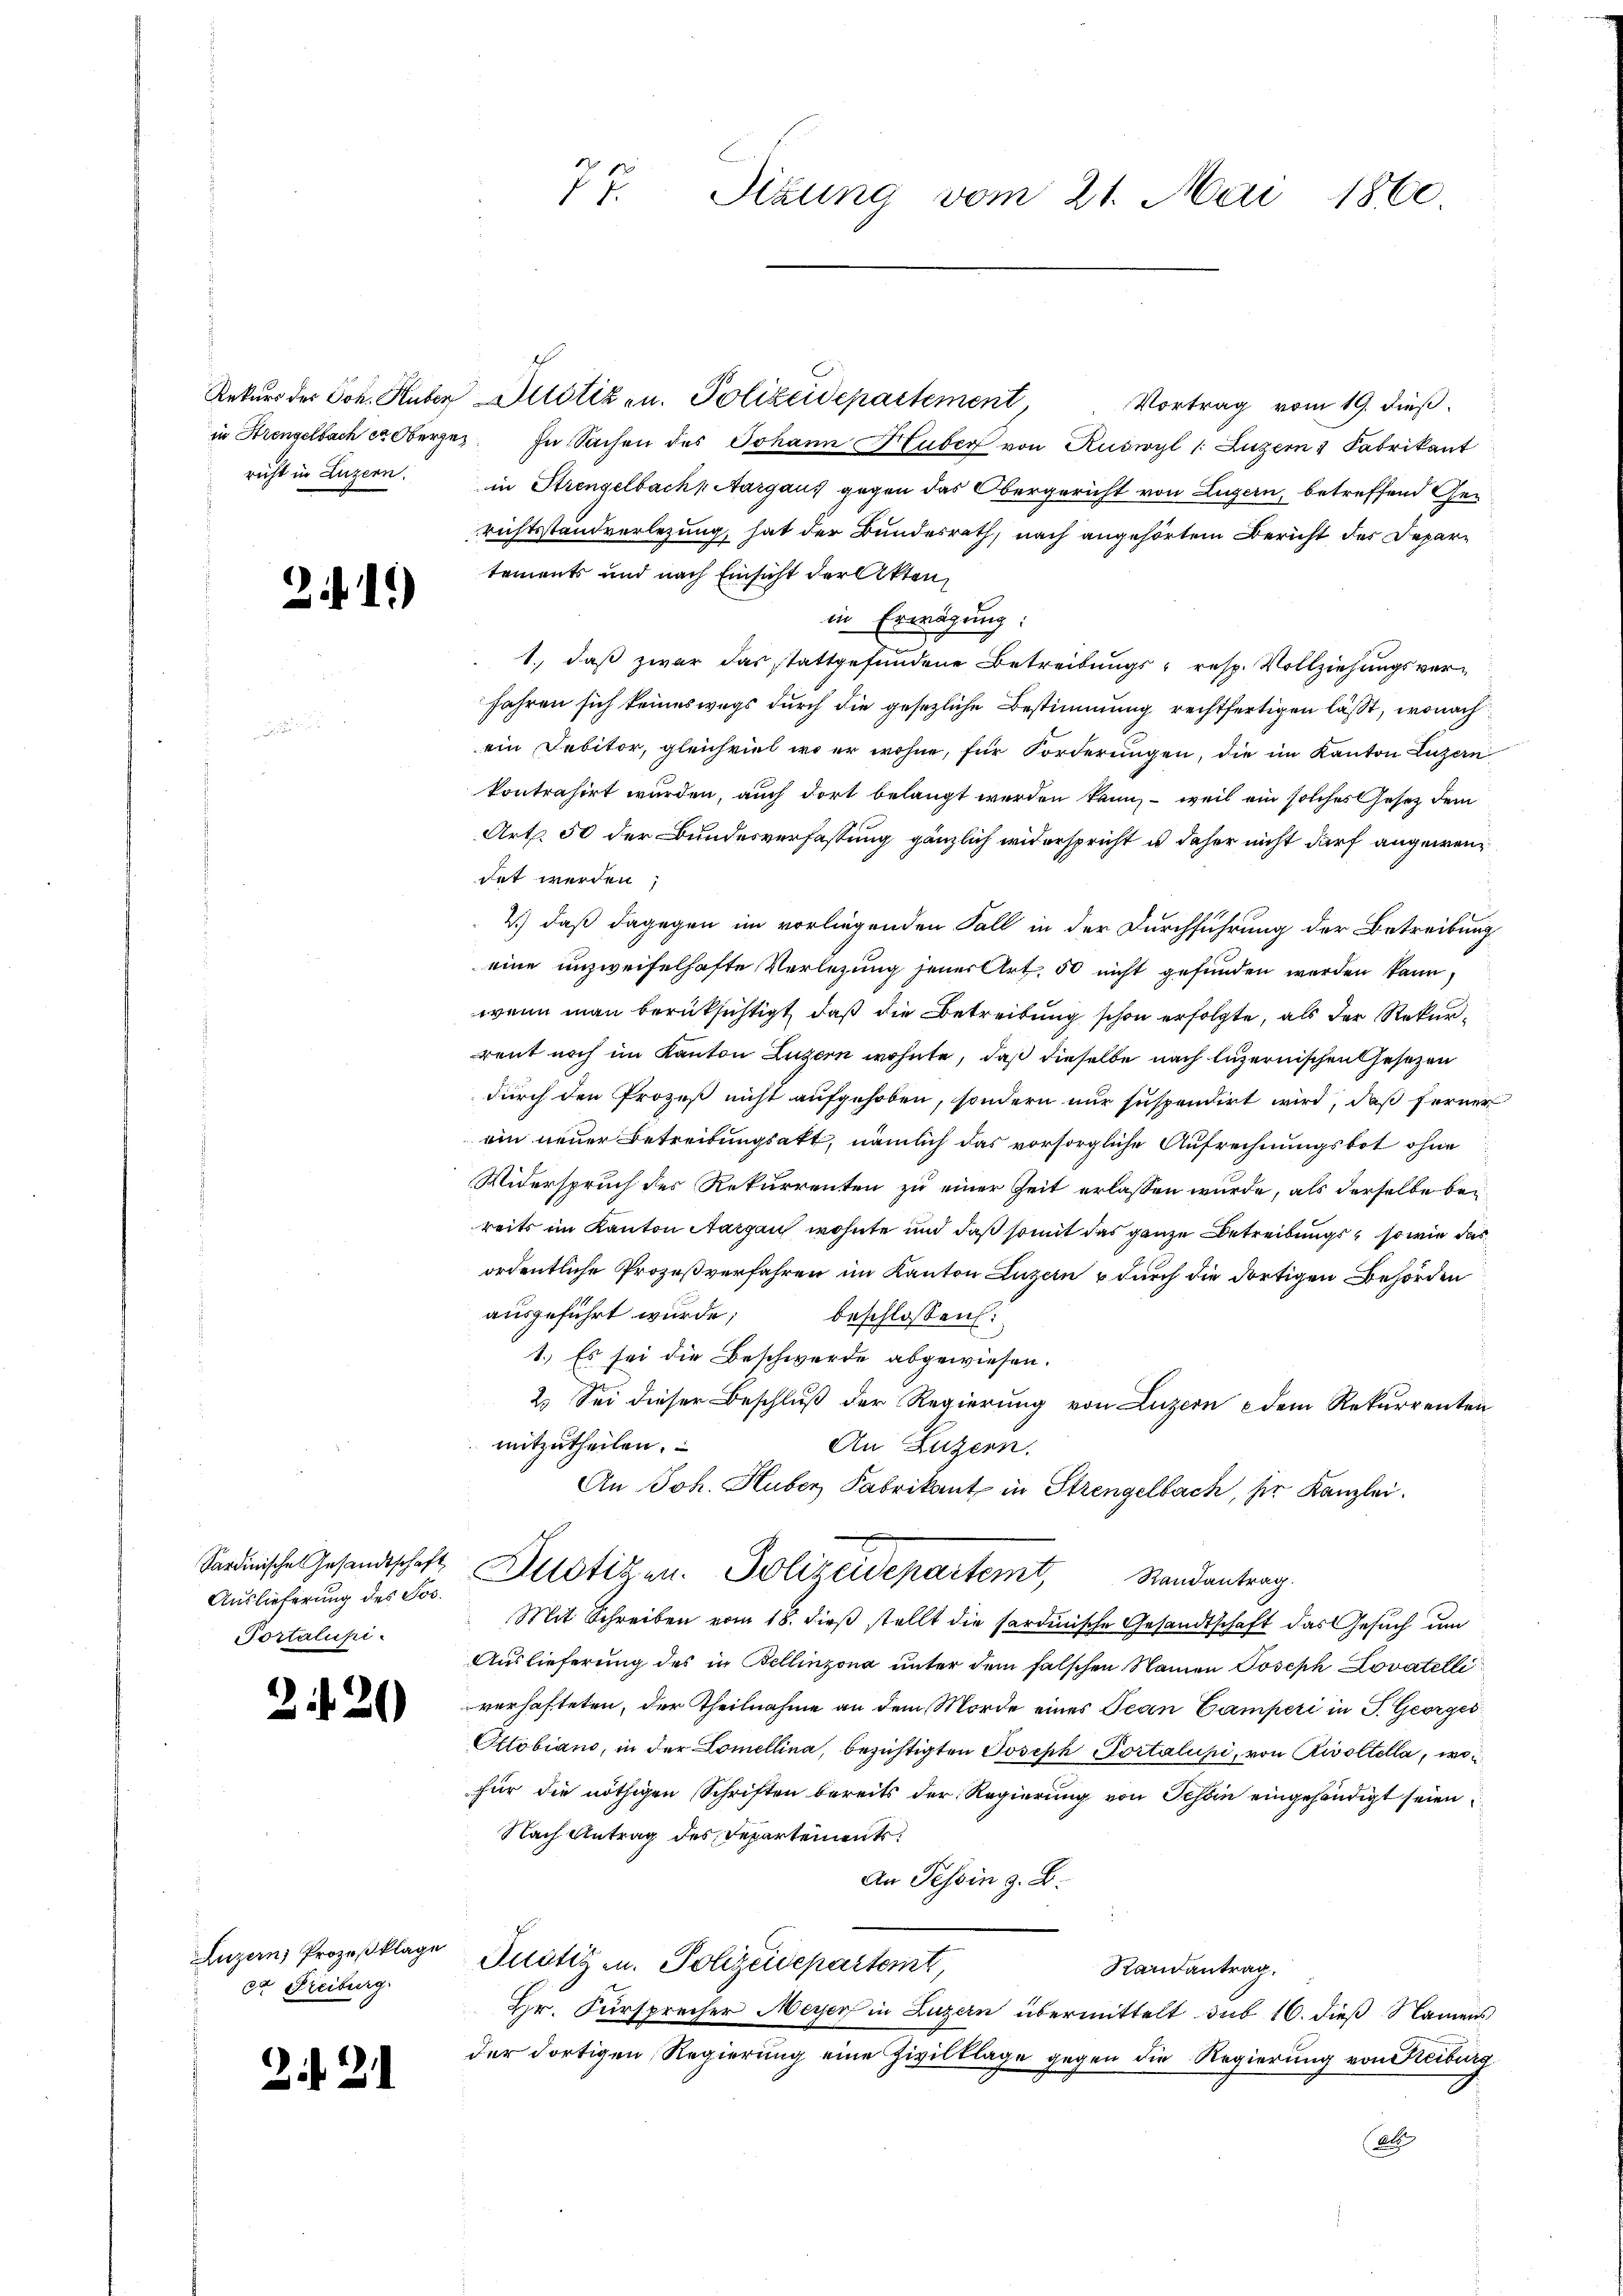
2.

21.)

Sardinische Gesandtschaft
Auslieferung des Jos.
Portalupi.

20)

ca Freiburg

22

Rekurs der Joh. Huber Altötizen. Polizeidepartement,
Vortrag vom 19. dieß.
in Strenselbach er Oberges. In Sachen des Johann Huber von Ruswyl /: Luzern 1 Fabrikant
richt in Luzern in Strengelbach Aargaus gegen das Obergericht von Luzern, betreffend Gerichtsstandverlegung, hat der Bundesrath, nach angehörtem Bericht des Departements und nach Einsicht der Akten,
in Erwägung:
1., daß zwar das stattgefundene Betreibungs- resp. Vollziehungsverfahren sich keineswegs durch die gesezliche Bestimmung rechtfertigen läßt, wonach
ein Debitor, gleichviel wo er wohne, für Forderungen, die im Kanton Luzern
kontrahirt wurden, auch dort belangt werden kann, – weil ein solches Gesetz dem
Art. 50 der Bundesverfassung gänzlich widerspricht u daher nicht darf angewendet werden;
2.) daß dagegen im vorliegenden Fall in der Durchführung der Betreibung
eine unzweifelhafte Verlegung jener Art. 50 nicht gefunden werden kann,
wenn man berüksichtigt, daß die Betreibung schon erfolgte, als der Rekurrent noch im Kanton Luzern wohnte, daß dieselbe nach Luzernischen Gesetzen
durch den Prozeß nicht aufgehoben, sondern nur suspendirt wird, daß ferner
ein neuer Betreibungsakt, nämlich das vorsorgliche Aufrechnungsbot ohne
Widerspruch des Rekurrenten zu einer Zeit erlassen wurde, als derselbe beireits im Kanton Aargau wohnte und daß somit das ganze Betreibungs- so wie das
ordentliche Prozeßverfahren im Kanton Luzern & durch die dortigen Behörden
ausgeführt wurde;
beschlossen:
1.) Es sei die Beschwerde abgewiesen.
2. Sei dieser Beschluß der Regierung von Luzern dem Rekurrenten
mitzutheilen.
An Luzern.
An Joh. Huber Fabrikant in Strengelbach, sie Kanzlei.
Justizen. Polizeidepartemt,
Randantrag.
Mit Schreiben vom 18. dieß stellt die sardinische Gesandtschaft das Gesuch um
Auslieferung des in Bellinzona unter dem falschen Namen Joseph Lovatelli
verhafteten, der Theilnahme an dem Morde eines Teden Camperi in P. Georges
Ottobiano, in der Lomellina, bezichtigten Joseph Portalupi, von Rivoltolla, wo
für die nöthigen Schriften bereits der Regierung von Tessin eingehändigt seien,
Nach Antrag des Departements
An Tessin z. B.
Luzan Prozeßklage Justiz u. Polizeidepartemt,
Randantrag.
Hr. Fürsprecher Meyer in Luzern übermittelt sub 16. dieß Namens
der dortigen Regierung eine Zivilklage gegen die Regierung von Kreiburg
(Abs

77. Situng vom 21. Mai 1860.